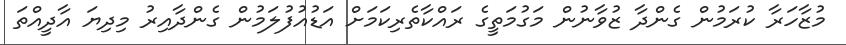
މުޒާހަރާ ކުރަމުން ގެންދާ ޒުވާނުން މަގުމަތީގެ ރައްކާތެރިކަމަށް އަޑުއުފުލަމުން ގެންދާއިރު މިދިޔަ އާދީއްތަ